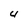
Character: U